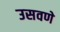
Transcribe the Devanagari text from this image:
उसवणे